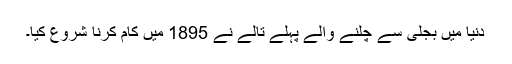
دنیا میں بجلی سے چلنے والے پہلے تالے نے 1895 میں کام کرنا شروع کیا۔